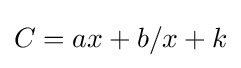
C=ax+b/x+k